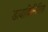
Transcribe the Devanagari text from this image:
डायाकिनिसिस